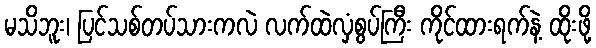
မသိဘူး၊ ပြင်သစ်တပ်သားကလဲ လက်ထဲလှံစွပ်ကြီး ကိုင်ထားရက်နဲ့ ထိုးဖို့